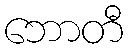
ဘောတီ